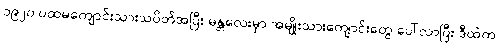
၁၉၂၀ ပထမကျောင်းသားသပိတ်အပြီး မန္တလေးမှာ အမျိုးသားကျောင်းတွေ ပေါ်လာပြီး ဒီထဲက